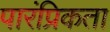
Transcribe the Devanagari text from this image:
पारंप्रिकता